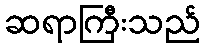
ဆရာကြီးသည်